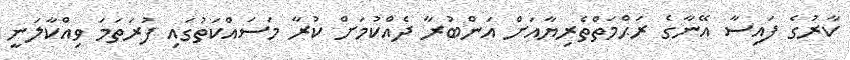
ކާރުގެ ފައިސާ އޭނާގެ ރަޙްމަތްތެރިޔާއަށް އަންބުރާ ދެއްކުމަށް ކުރާ މަސައްކަތުގައި ފުރަތަމަ ވިއްކާލަނީ